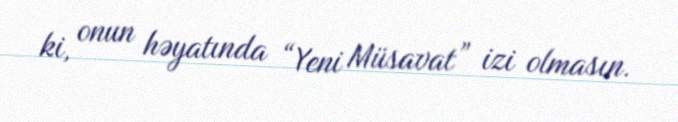
ki, onun həyatında “Yeni Müsavat” izi olmasın.